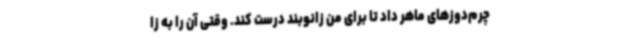
چرم‌دوزهای ماهر داد تا برای من زانوبند درست کند. وقتی آن را به زا